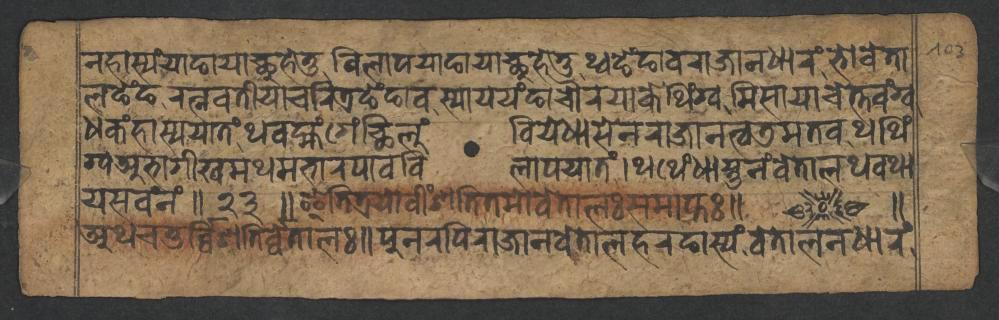
𑐣𑐴𑐵𑐳𑑂𑐫𑑄𑐫𑐵𑐒𑐵𑐫𑐵𑐕𑐸𑐴𑐾𑐟𑐸𑐰𑐶𑐮𑐵𑐥𑐫𑐵𑐒𑐵𑐫𑐵𑐕𑐸𑐴𑐾𑐟𑐸𑐠𑑂𑐰𑐒𑐾𑑄𑐒𑐵𑐰𑐬𑐵𑐖𑐵𑐣𑐢𑐵𑐬𑑄𑐨𑑀𑐰𑐾𑐟𑐵 𑐮𑐒𑐾𑑄𑐒𑐬𑐟𑑂𑐣𑐰𑐟𑐷𑐫𑐵𑐔𑐬𑐶𑐟𑑂𑐬𑐒𑐾𑑄𑐒𑐵𑐰𑐳𑑂𑐫𑐵𑐫𑐫𑑄𑐒𑐵𑐔𑑁𑐬𑐫𑐵𑐎𑐾𑐠𑐶𑑄𑐐𑑂𑐰𑐩𑐶𑐳𑐵𑐫𑐵𑐔𑐾𑐟𑑂𑐟𑐰𑑄𑐐𑑂𑐰 𑐢𑐎𑑄𑐴𑐵𑐳𑑂𑐫𑐫𑐵𑐟𑑄𑐠𑐰𑐩𑑂𑐴𑑄𑐐𑐾𑑄𑐕𑐶𑐮𑐸𑑄𑐧𑐶𑐫𑐾𑐢𑐵𑐳𑐾𑐣𑐬𑐵𑐖𑐵𑐣𑐟𑑂𑐰𑐜𑐩𑐟𑐰𑐠𑐠𑐶𑑄 𑐐𑑂𑐰𑐀𑐨𑐵𑐐𑐷𑐏𑐩𑐠𑐩𑐨𑐵𑐬𑐥𑐵𑐰𑐰𑐶𑐮𑐵𑐥𑐫𑐵𑐟𑑄𑑋𑐠𑐠𑐾𑑄𑐢𑐵𑐳𑑂𑐟𑐸𑐣𑑄𑐰𑐾𑐟𑐵𑐮𑐠𑐰𑐠𑐵 𑐫𑐳𑐰𑑄𑐣𑑄𑑌𑑒𑑓𑑌𑐂𑐟𑐶𑐟𑑂𑐬𑐫𑑀𑐰𑐷𑑄𑐱𑐟𑐶𑐟𑐩𑑀𑐰𑐾𑐟𑐵𑐮𑑅𑐳𑐩𑐵𑐥𑑂𑐟𑑅𑑌 𑑌 𑐀𑐠𑐔𑐟𑐸𑐬𑑂𑐰𑑂𑐰𑐶𑐩𑑂𑐱𑐟𑐶𑐬𑑂𑐰𑑂𑐰𑐾𑐟𑐵𑐮𑑅𑑌𑐥𑐸𑐣𑐬𑐥𑐶𑐬𑐵𑐖𑐵𑐣𑐰𑐾𑐟𑐵𑐮𑐴𑐬𑐒𑐵𑐳𑑂𑐫𑑄𑐰𑐾𑐟𑐵𑐮𑐣𑐢𑐵𑐬𑑄